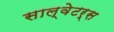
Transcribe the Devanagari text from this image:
साल्वेटर्स